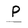
Character: P